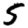
Digit: 5